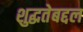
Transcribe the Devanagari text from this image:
शुद्धतेबद्दल